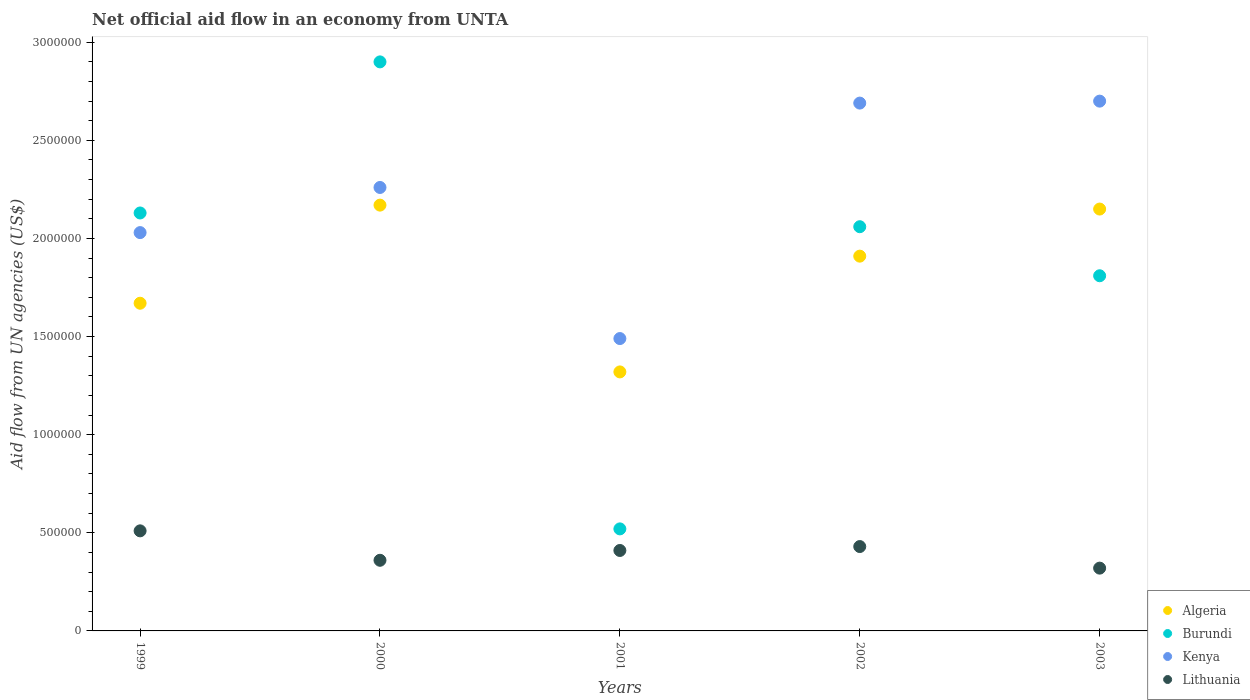
| Years | Algeria | Burundi | Kenya | Lithuania |
 | --- | --- | --- | --- | --- |
 | 1999 | 1.67e+06 | 2.13e+06 | 2.03e+06 | 5.1e+05 |
 | 2000 | 2.17e+06 | 2.9e+06 | 2.26e+06 | 3.6e+05 |
 | 2001 | 1.32e+06 | 5.2e+05 | 1.49e+06 | 4.1e+05 |
 | 2002 | 1.91e+06 | 2.06e+06 | 2.69e+06 | 4.3e+05 |
 | 2003 | 2.15e+06 | 1.81e+06 | 2.7e+06 | 3.2e+05 |